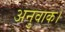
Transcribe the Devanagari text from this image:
अनुवाक।